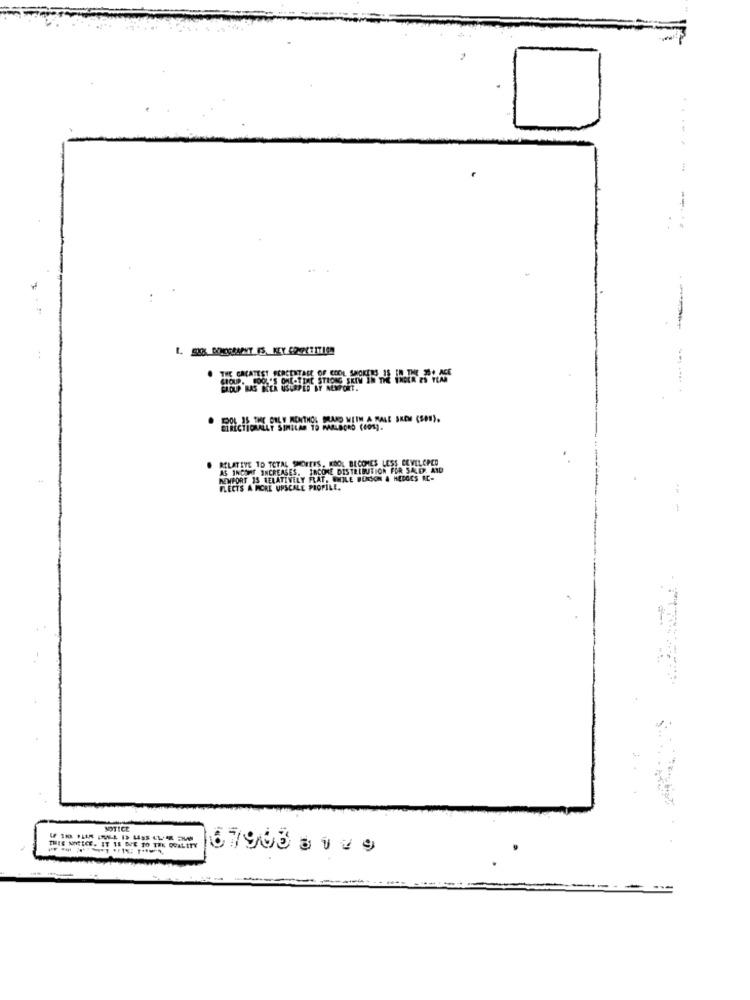
...--
-
GROUP. FOOL'S ONE-TIME STRONG SKIM IN THE INDER ES YLA
CENTALE OF COOL SMOKERS IS
EADUP BAS BIER USURPED BY NEWPORT.
PST, ONLY MONTHOL BRAND WITH A MALE SKOM (SOM).
RELATIVE TO TOTAL SHORTES, KOOL BECOMES LESS CEVELOPED
COME DISTRIBUTION FOR SAD. AND
NEWPORT 15 RELATIVELY FLAT
NEWPORT 15 RELATIVELY FLAT, WHILE WORKSON & HEDGES IC-
FLEETS A MORE UPSCALE PROFILE.
NOTICE
67903 312 9